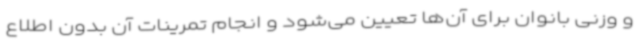
و وزنی بانوان برای آن‌ها تعیین می‌شود و انجام تمرینات آن بدون اطلاع